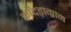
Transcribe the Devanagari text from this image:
काँदड़ाग्राम